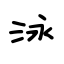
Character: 泳